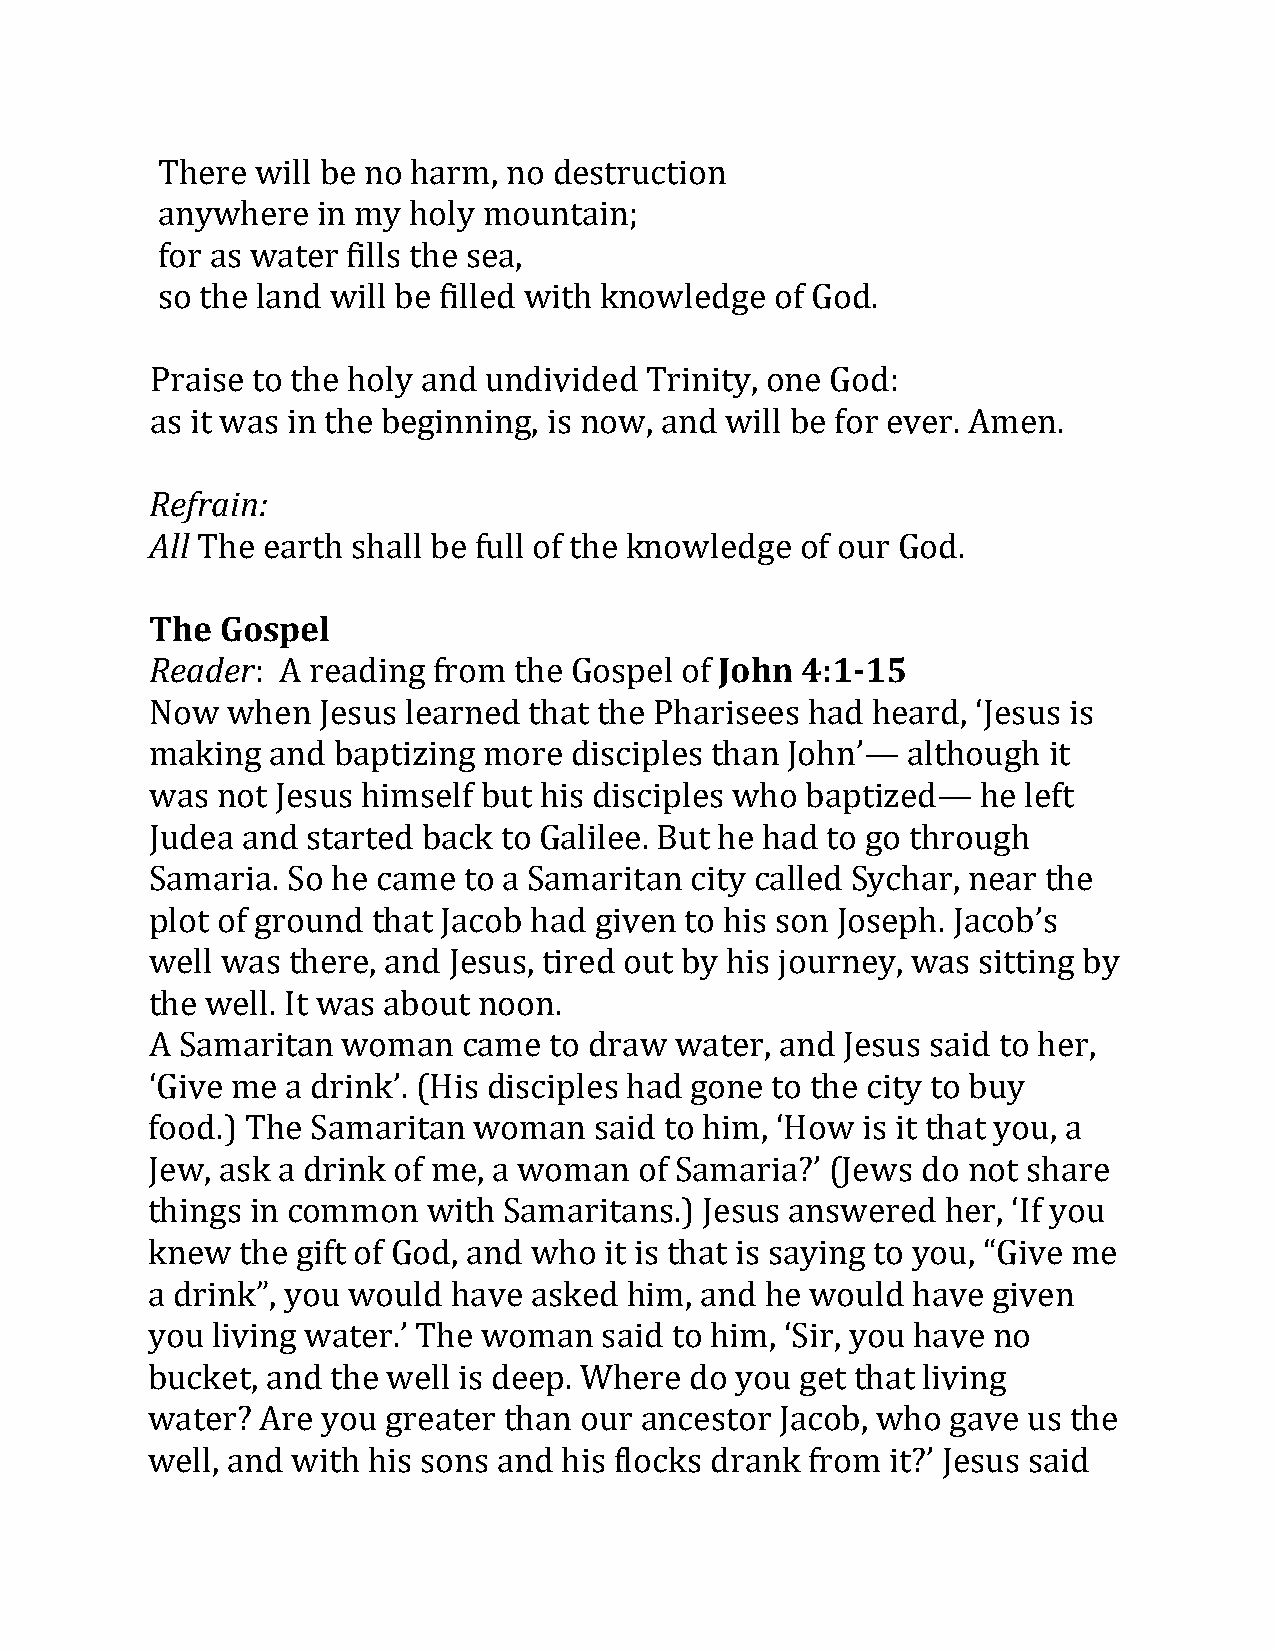
There  will be no harm, no destruction
 anywhere   in my holy mountain;
 for as water fills the sea,
 so the land will be filled with knowledge of God.
 Praise to the holy and undivided Trinity, one God:
 Rase firta wina:s in the beginning, is now, and will be for ever. Amen.
 All
 Th eT hGeo esparetlh shall be full of the knowledge of our God.
 Reader                                John 4:1-15
 : A reading from the Gospel of
 Now  when  Jesus learned that the Pharisees had heard, ‘Jesus is
 making  and baptizing more  disciples than John’— although it
 was not Jesus himself but his disciples who baptized—  he left
 Judea and started back to Galilee. But he had to go through
 Samaria. So he came  to a Samaritan city called Sychar, near the
 plot of ground that Jacob had given to his son Joseph. Jacob’s
 well was there, and Jesus, tired out by his journey, was sitting by
 the well. It was about noon.
 A Samaritan  woman   came to draw  water, and Jesus said to her,
 ‘Give me a drink’. (His disciples had gone to the city to buy
 food.) The Samaritan woman   said to him, ‘How is it that you, a
 Jew, ask a drink of me, a woman of Samaria?’ (Jews do not share
 things in common  with Samaritans.)  Jesus answered  her, ‘If you
 knew  the gift of God, and who it is that is saying to you, “Give me
 a drink”, you would have asked him, and  he would have  given
 you living water.’ The woman  said to him, ‘Sir, you have no
 bucket, and the well is deep. Where do you get that living
 water? Are you greater than our ancestor  Jacob, who gave us the
 well, and with his sons and his flocks drank from it?’ Jesus said